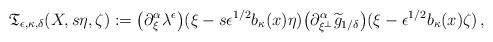
LaTeX: \begin{align*}\mathfrak{T}_{\epsilon,\kappa,\delta}(X,s\eta,\zeta)&:=\big(\partial^\alpha_\xi\lambda^\epsilon\big)(\xi-s\epsilon^{1/2}b_\kappa(x)\eta)\big(\partial^\alpha_{\xi^\bot}\widetilde{g}_{1/\delta}\big)(\xi-\epsilon^{1/2}b_\kappa(x)\zeta)\,,\end{align*}